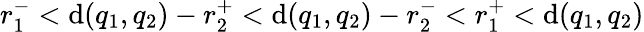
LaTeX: r_{1}^{-}<\mathrm{d}(q_{1},q_{2})-r_{2}^{+}<\mathrm{d}(q_{1},q_{2})-r_{2}^{-}<r_{1}^{+}<\mathrm{d}(q_{1},q_{2})